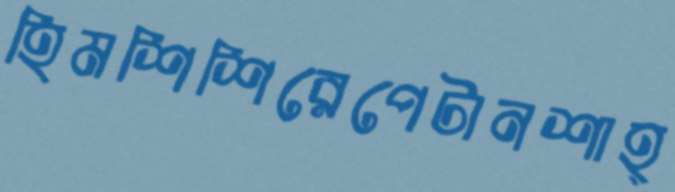
হিমশিশিরেপেটানশাহ্